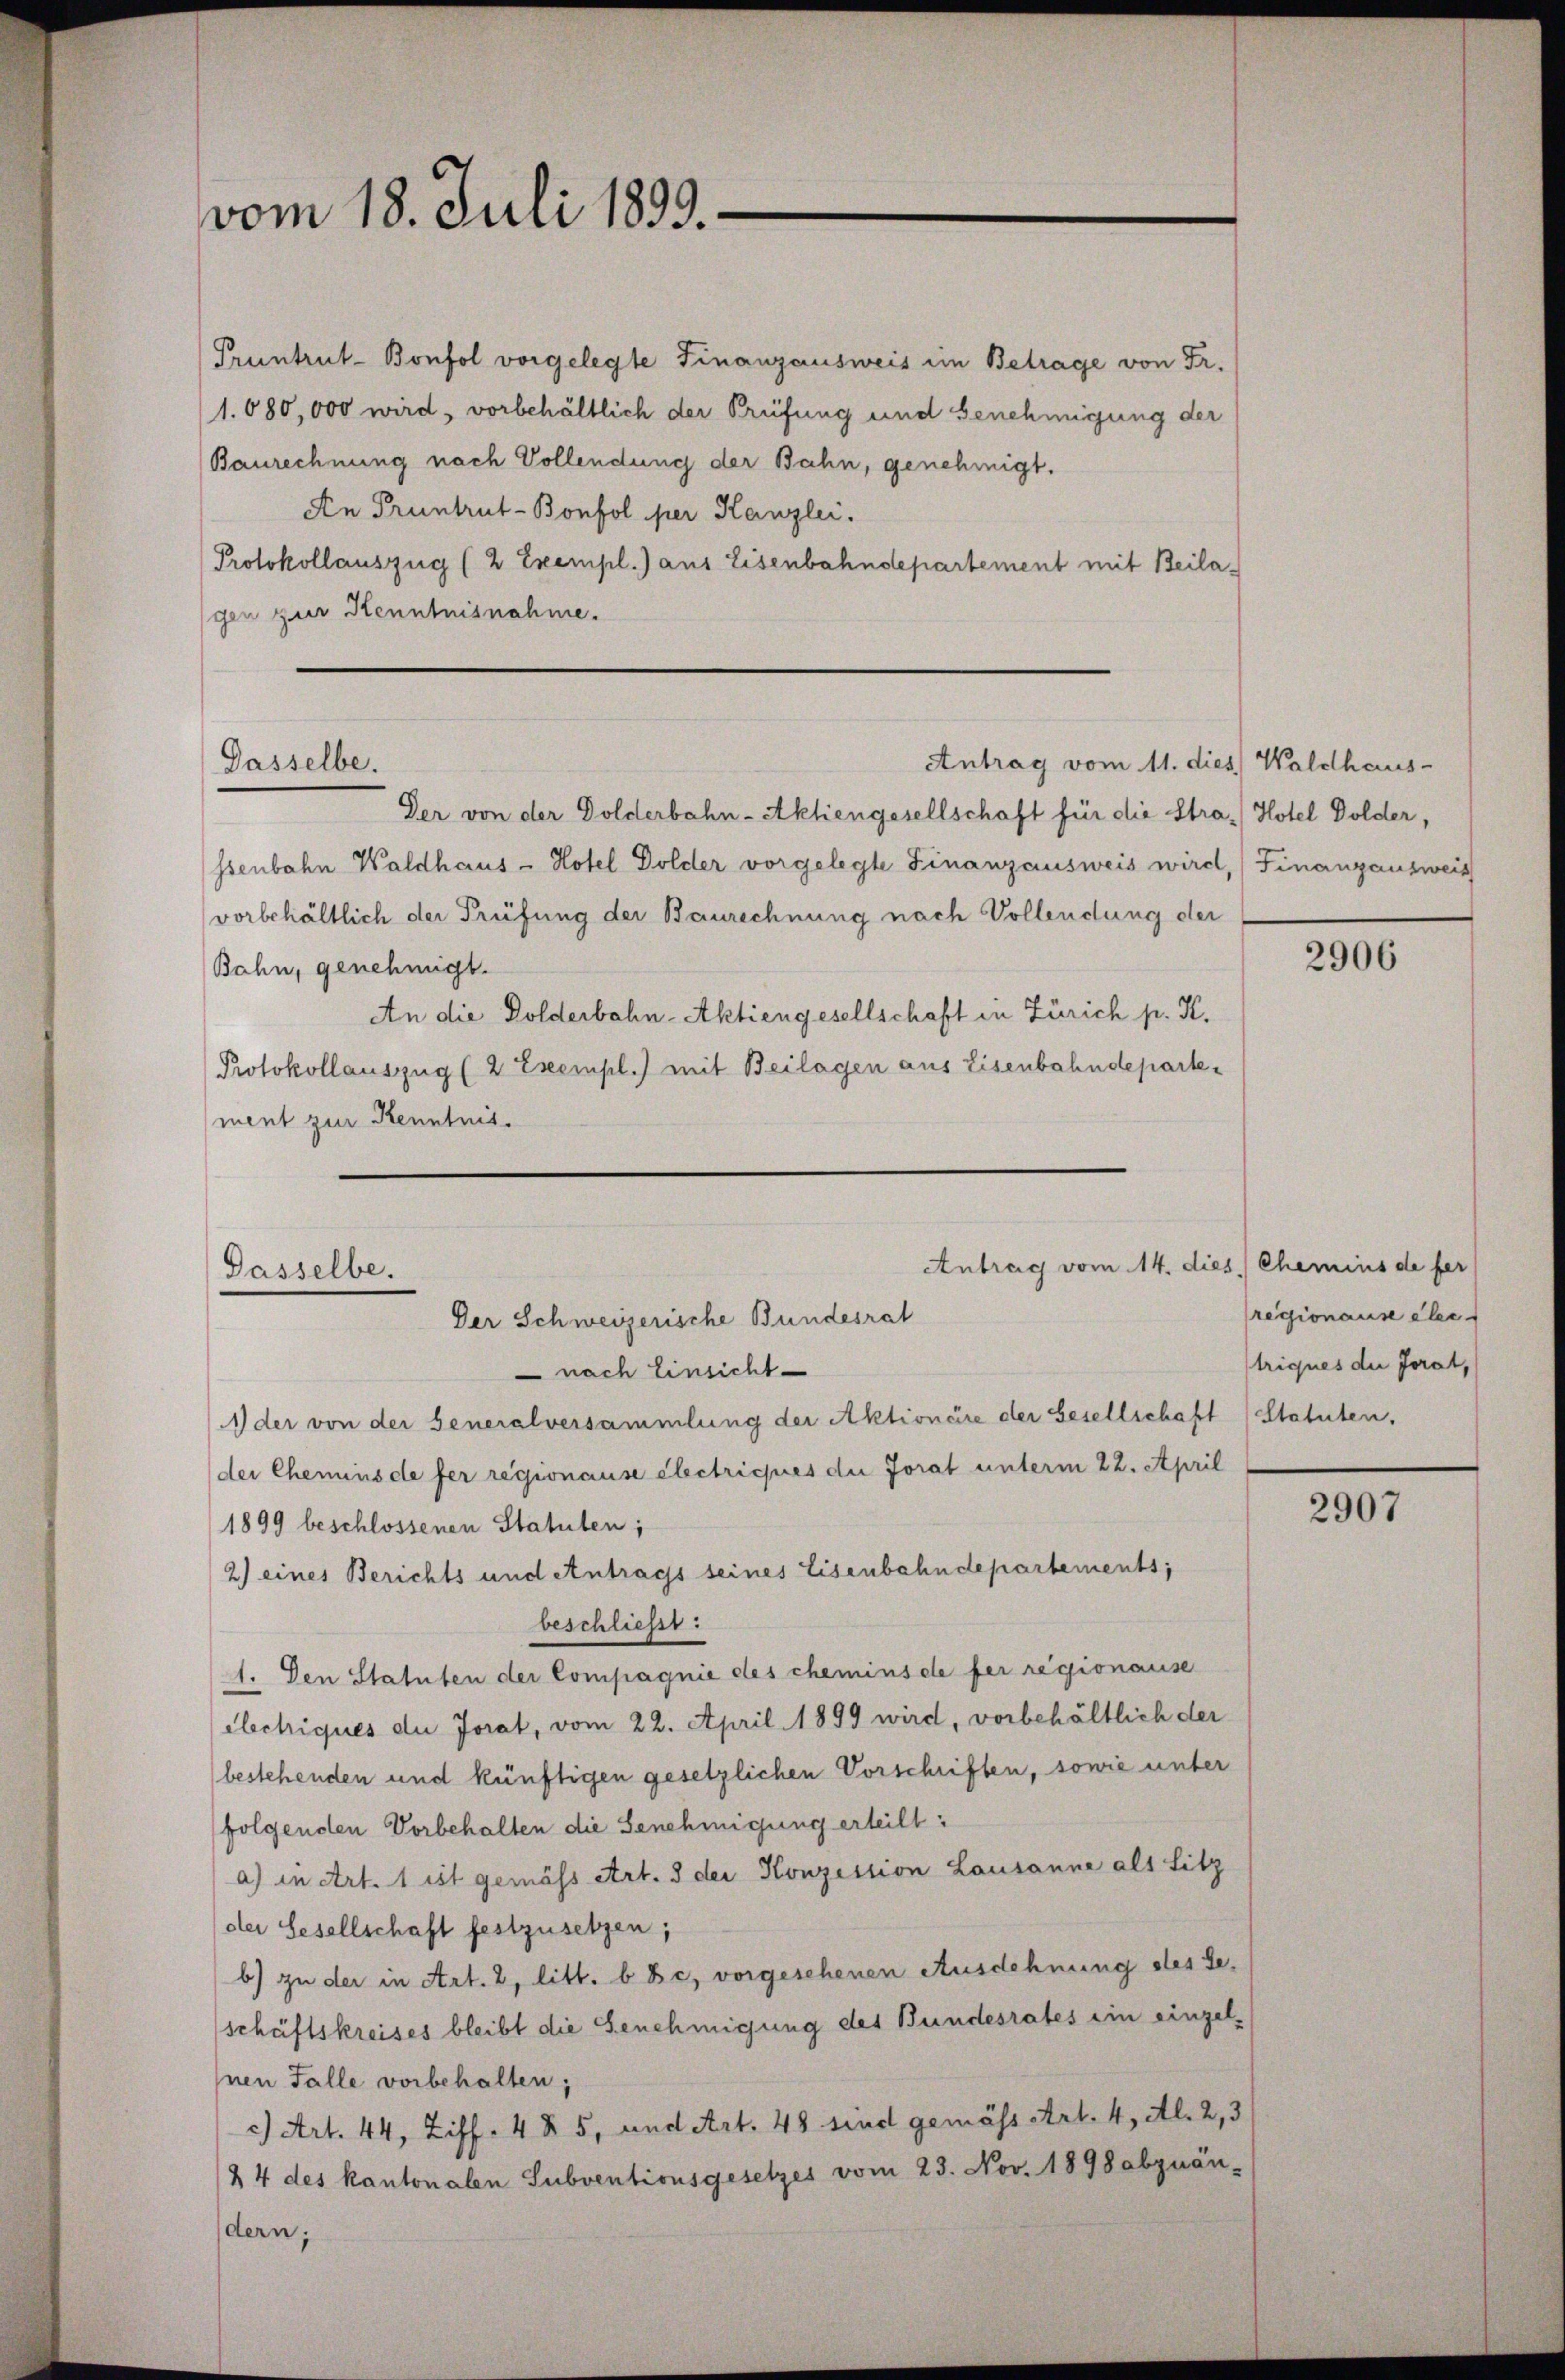
vom 18. Juli 1899.

Pruntrut-Bonfol vorgelegte Finanzausweis im Betrage von Fr.
1.080,000 wird, vorbehältlich der Prüfung und Genehmigung der
Baurechnung nach Vollendung der Bahn, genehmigt.
An Pruntrut-Bonfol per Kanzlei.
Protokollauszug (2 Exempl.) aus Eisenbahndepartement mit Beilagen zur Kenntnisnahme.

Antrag vom 11. dies Waldhaus-
Dasselbe.

Der von der Dolderbahn-Aktiengesellschaft für die Stra-) Hotel Dolder,
ssenbahn Waldhaus- Hotel Dolder vorgelegte Finanzausweis wird, (Finanzausweis
vorbehältlich der Prüfung der Baurechnung nach Vollendung der
Bahn, genehmigt.
An die Dolderbahn-Aktiengesellschaft in Zürich p. K.
Protokollauszug (2 Exempl.) mit Beilagen aus Eisenbahndepartement zur Kenntnis.

1) der von der Generalversammlung der Aktionäre der Gesellschaft (Statuten,
der Chemins de fer regionause électriches die Jorat unterm 22. April
1899 beschlossenen Statuten;
2) eines Berichts und Antrags seines Eisenbahndepartements;
beschließt:
1. Den Statuten der Compagnie des chemins de fer regionause
Hechiques de Jorat, vom 22. April 1899 wird, vorbehältlich der
bestehenden und künftigen gesetzlichen Vorschriften, sowie unter
folgenden Vorbehalten die Genehmigung erteilt:
a) in Art. 1 ist gemäss Art. 3 der Konzession Lausanne als Sitz
der Gesellschaft festzusetzen;
b) zu der in Art. 2, litt. b Bc, vorgesehenen Ausdehnung des Seschäftskreises bleibt die Genehmigung des Bundesrates ein einzel-
nen Falle vorbehalten;
c) Art. 44, Ziff. 4 § 5, und Art. 48 sind gemäss Art. 4, Al. 2,3
24 des kantonalen Subventionsgesetzes vom 23. Nov. 1898 abzuän-
dern;

Antrag vom 14. dies Chemins de fer
Passelbe.
Der Schweizerische Bundesrat
 nach Einsicht

2906

regionaus ebe
triques die Forat,

2907